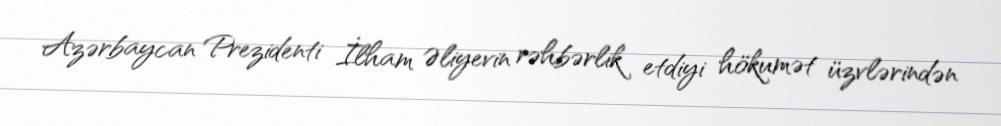
Azərbaycan Prezidenti İlham Əliyevin rəhbərlik etdiyi hökumət üzvlərindən